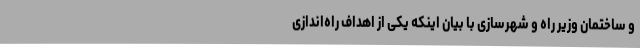
و ساختمان وزیر راه و شهرسازی با بیان اینکه یکی از اهداف راه‌اندازی